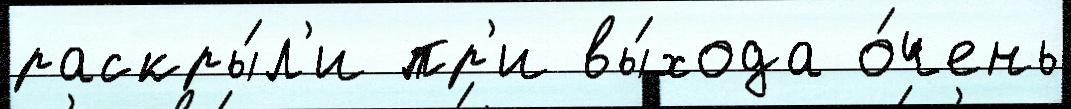
раскры́л'и пр'и вы́хода о́чень